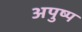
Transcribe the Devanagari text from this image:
अपुष्प